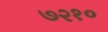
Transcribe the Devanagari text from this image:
७२१०